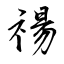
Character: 禓